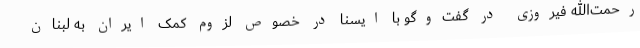
رحمت‌الله فیروزی در گفت‌وگو با ایسنا در خصوص لزوم کمک ایران به لبنان